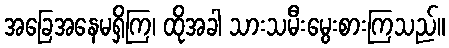
အခြေအနေမရှိကြ၊ ထိုအခါ သားသမီးမွေးစားကြသည်။